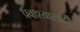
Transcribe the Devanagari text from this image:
प्रवाश्यासाठी